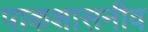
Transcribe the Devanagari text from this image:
पाकशासनीव